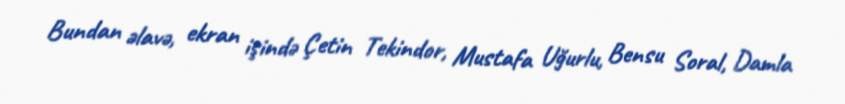
Bundan əlavə, ekran işində Çetin Tekindor, Mustafa Uğurlu, Bensu Soral, Damla